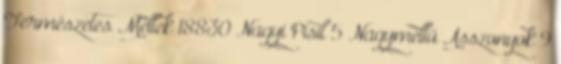
Természetes Mellek 18830 Nagyi Pisil 5 Nagymellű Asszonyok 9